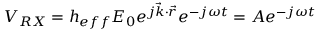
V _ { R X } = h _ { e f f } E _ { 0 } e ^ { j \vec { k } \cdot \vec { r } } e ^ { - j \omega t } = A e ^ { - j \omega t }